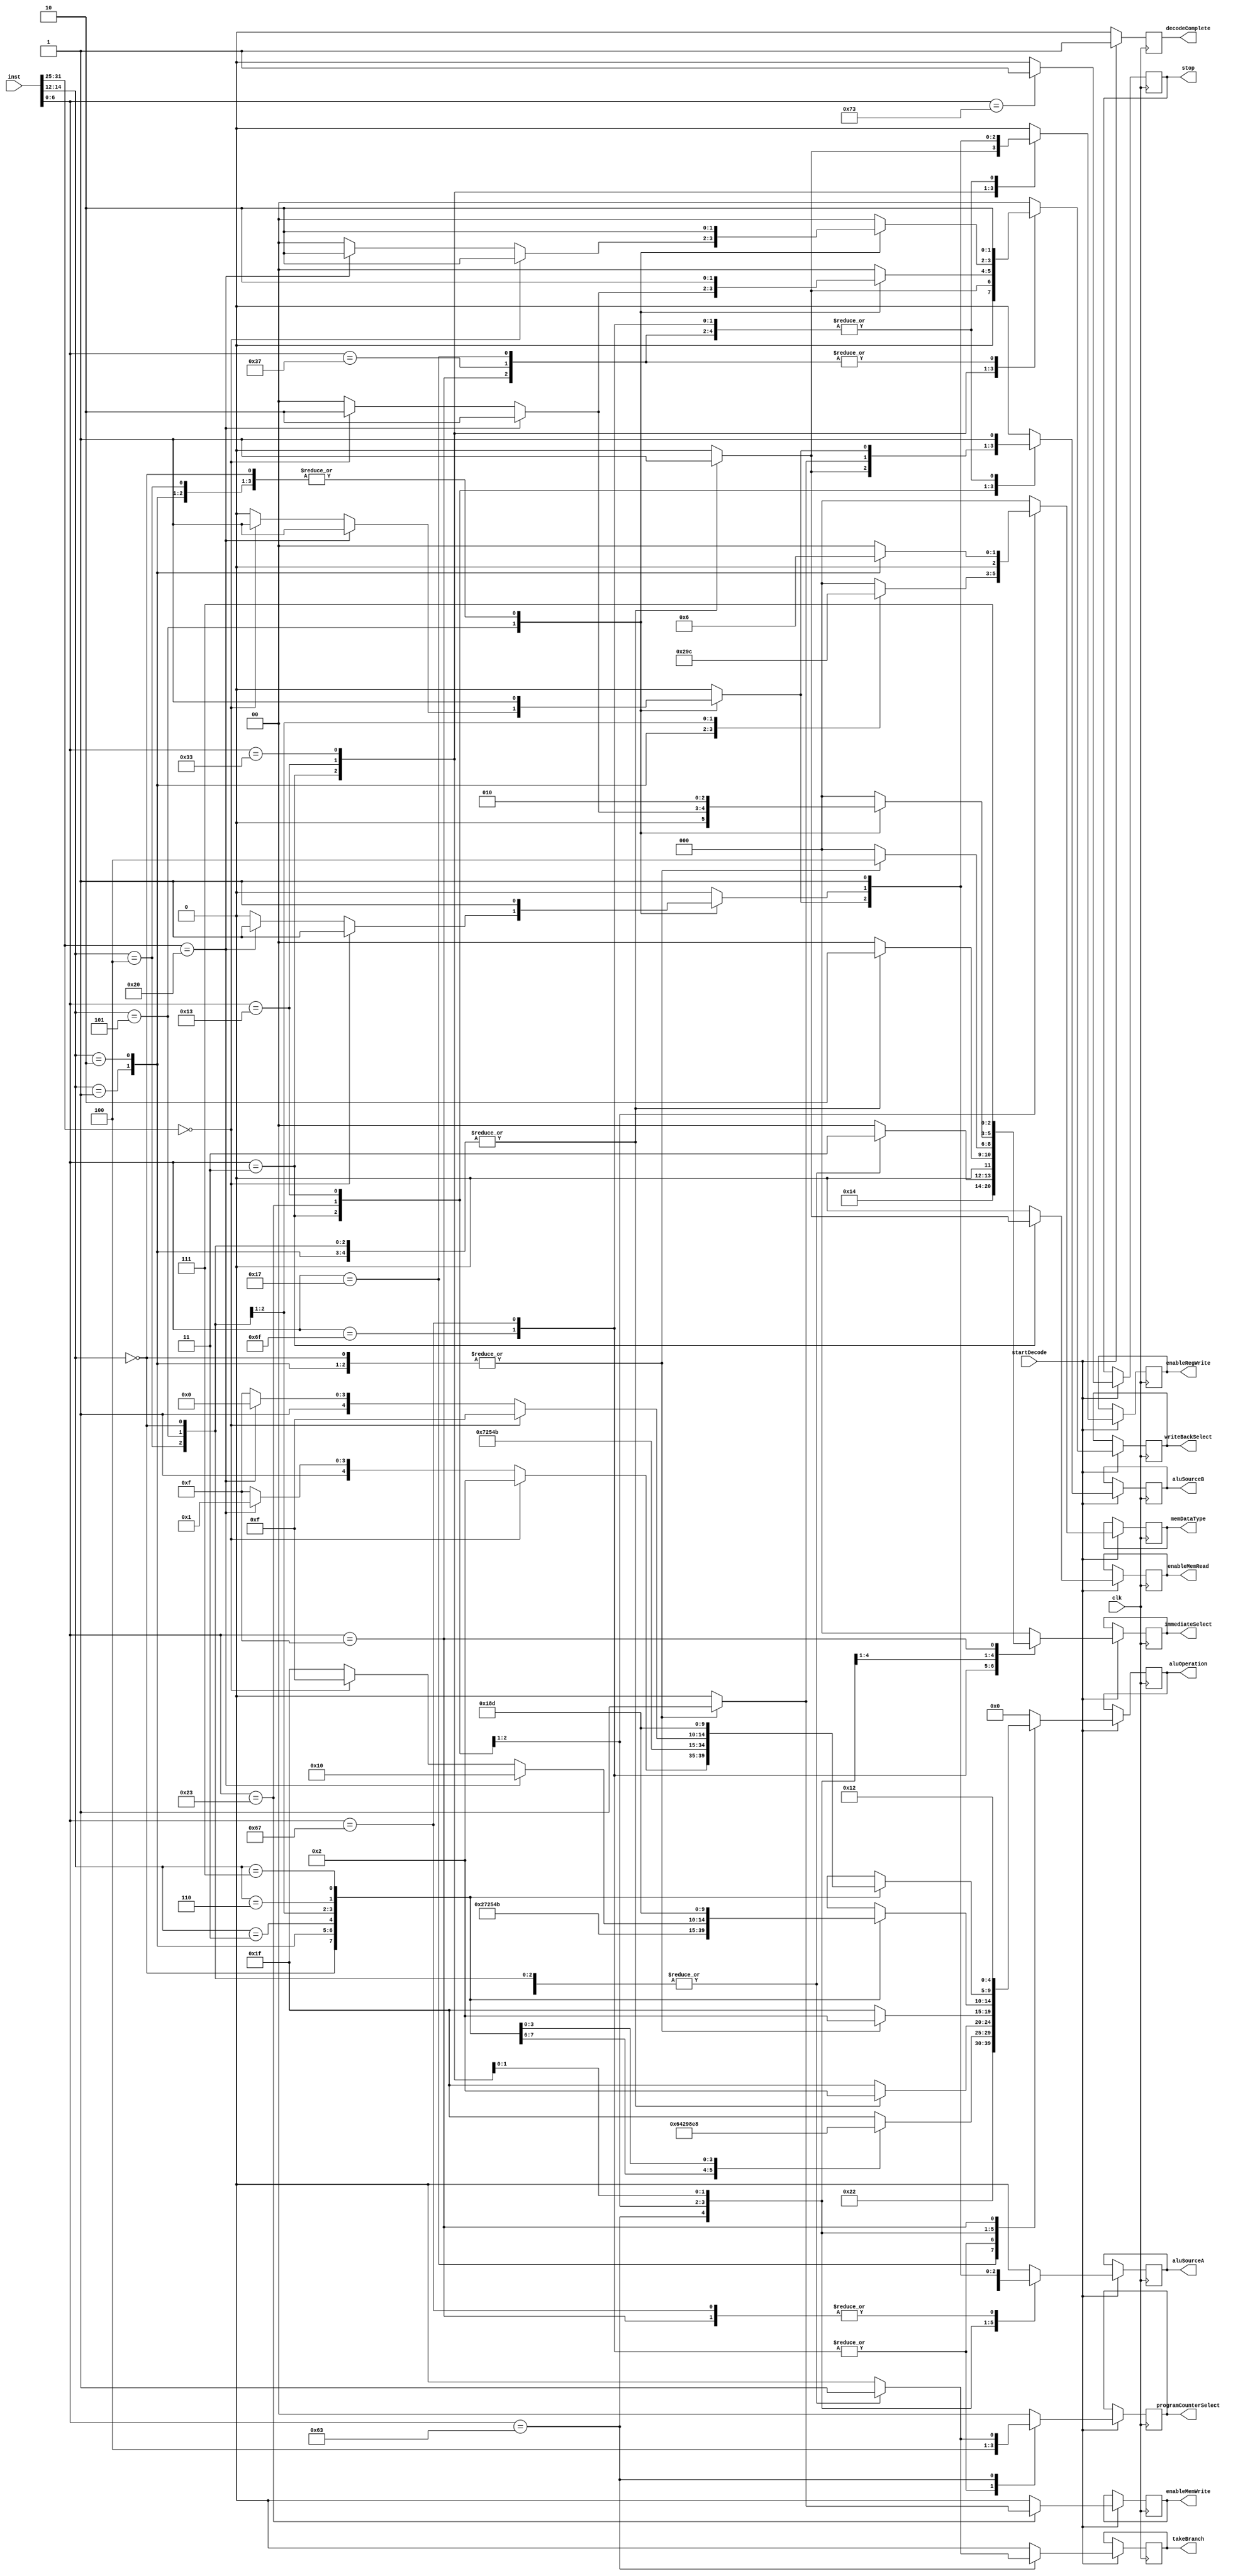
module DECODER( 
input wire clk,
input wire [31:0] inst,
input wire startDecode,
output reg[4:0] aluOperation,
output reg[2:0] immediateSelect,
output reg decodeComplete,
output reg stop, takeBranch,
output reg aluSourceA, aluSourceB,
output reg[1:0] writeBackSelect, programCounterSelect,
output reg enableRegWrite, //PCwrite,
output reg enableMemRead, enableMemWrite,
output reg[2:0] memDataType
);
    
wire[6:0] opcode;
wire[2:0] func3;
wire[6:0] func7;

assign opcode = inst[6:0];
assign func3 = inst[14:12];
assign func7 = inst[31:25];


always@(posedge clk) begin
    if (startDecode) begin
        decodeComplete <= 0;
        aluOperation <= 0;
        immediateSelect <= 0;
        stop <= 0;
        takeBranch <= 0;
        aluSourceA <= 0;
        aluSourceB <= 0;
        writeBackSelect <= 0;
        programCounterSelect <= 0;
        enableRegWrite <= 0;
        //PCwrite <= 0;
        enableMemRead <= 0;
        enableMemWrite <= 0;
        memDataType <= 0;
        case(opcode)
            7'b0110111: begin
            aluOperation <= 5'b00000;//LUI
            immediateSelect <= 3'b000;//imm[31:12]
            aluSourceB <= 1;//imm
            writeBackSelect <= 2;//alu_out
            enableRegWrite <= 1;
            programCounterSelect <= 0;
            end
            7'b0010111: begin
            aluOperation <= 5'b00001;//AUPIC
            immediateSelect <= 3'b000;//imm[31:12]
            aluSourceA <= 0; //get it from PC
            aluSourceB <= 1; //imm
            writeBackSelect <= 2;//alu_out
            enableRegWrite <= 1;
            programCounterSelect <= 0;
            end
            7'b1101111: begin 
            aluOperation <= 5'b00010;//JAL
            immediateSelect <= 3'b001;//imm[20,10:1,11,19:12]
            aluSourceA <= 0; //get it from PC
            aluSourceB <= 1; //imm
            writeBackSelect <= 0;//PC+4
            enableRegWrite <= 1;
            programCounterSelect <= 2;//pc = alu out
            end
            7'b1100111: begin
            aluOperation <= 5'b00010;//JALR
            immediateSelect <= 3'b010;//imm[11:0]
            aluSourceA <= 1; //get it from rs1
            aluSourceB <= 1; //imm
            writeBackSelect <= 0;//PC+4
            enableRegWrite <= 1;
            programCounterSelect <= 2;//pc = alu out
            end
            7'b1100011: begin
                case(func3)
                    3'b000: begin
                    aluOperation <= 5'b00011;//BEQ
                    immediateSelect <= 3'b011;//imm[12,10:5],imm[4:1,11]
                    aluSourceA <= 1; //get it from rs1
                    aluSourceB <= 0; //get it from rs2
                    programCounterSelect <= 1;// pc = pc+imm
                    takeBranch <= 1;
                    end
                    3'b001: begin
                    aluOperation <= 5'b00100;//BNE
                    immediateSelect <= 3'b011;//imm[12,10:5],imm[4:1,11]
                    aluSourceA <= 1; //get it from rs1
                    aluSourceB <= 0; //get it from rs2
                    programCounterSelect <= 1;// pc = pc+imm
                    takeBranch <= 1;
                    end
                    3'b100: begin
                    aluOperation <= 5'b00101;//BLT
                    immediateSelect <= 3'b011;//imm[12,10:5],imm[4:1,11]
                    aluSourceA <= 1; //get it from rs1
                    aluSourceB <= 0; //get it from rs2
                    programCounterSelect <= 1;// pc = pc+imm
                    takeBranch <= 1;
                    end
                    3'b101: begin
                    aluOperation <= 5'b00110;//BGE
                    immediateSelect <= 3'b011;//imm[12,10:5],imm[4:1,11]
                    aluSourceA <= 1; //get it from rs1
                    aluSourceB <= 0; //get it from rs2
                    programCounterSelect <= 1;// pc = pc+imm
                    takeBranch <= 1;
                    end
                    3'b110: begin
                    aluOperation <= 5'b00111;//BLTU
                    immediateSelect <= 3'b011;//imm[12,10:5],imm[4:1,11]
                    aluSourceA <= 1; //get it from rs1
                    aluSourceB <= 0; //get it from rs2
                    programCounterSelect <= 1;// pc = pc+imm
                    takeBranch <= 1;
                    end
                    3'b111: begin
                    aluOperation <= 5'b01000;//BGEU
                    immediateSelect <= 3'b011;//imm[12,10:5],imm[4:1,11]
                    aluSourceA <= 1; //get it from rs1
                    aluSourceB <= 0; //get it from rs2
                    programCounterSelect <= 1;// pc = pc+imm
                    takeBranch <= 1;
                    end
                    default: aluOperation <= 5'b11111; //out of aluop range
                endcase
            end
            7'b0000011: begin
                case(func3)
                    3'b000: begin
                    aluOperation <= 5'b00010;//LB
                    immediateSelect <= 3'b010;//imm[11:0]
                    aluSourceA <= 1;//from rs1
                    aluSourceB <= 1;
                    writeBackSelect <= 1;// from DMEM
                    enableRegWrite <= 1;
                    enableMemRead <= 1;
                    memDataType <= 3'b000;//byte, sign extended 
                    end
                    3'b001: begin
                    aluOperation <= 5'b00010;//LH
                    immediateSelect <= 3'b010;//imm[11:0]
                    aluSourceA <= 1;//from rs1
                    aluSourceB <= 1;
                    writeBackSelect <= 1;// from DMEM
                    enableRegWrite <= 1;
                    enableMemRead <= 1;
                    memDataType <= 3'b001;//half word, sign extended
                    end
                    3'b010: begin
                    aluOperation <= 5'b00010;//LW
                    immediateSelect <= 3'b010;//imm[11:0]
                    aluSourceA <= 1;//from rs1
                    aluSourceB <= 1;
                    writeBackSelect <= 1;// from DMEM
                    enableRegWrite <= 1;
                    enableMemRead <= 1;
                    memDataType <= 3'b010;//word, sign extended
                    end
                    3'b100: begin
                    aluOperation <= 5'b00010;//LBU
                    immediateSelect <= 3'b010;//imm[11:0]
                    aluSourceA <= 1;//from rs1
                    aluSourceB <= 1;
                    writeBackSelect <= 1;// from DMEM
                    enableRegWrite <= 1;
                    enableMemRead <= 1;
                    memDataType <= 3'b011;//byte, zero extended
                    end
                    3'b101: begin
                    aluOperation <= 5'b00010;//LHU
                    immediateSelect <= 3'b010;//imm[11:0]
                    aluSourceA <= 1;//from rs1
                    aluSourceB <= 1;
                    writeBackSelect <= 1;// from DMEM
                    enableRegWrite <= 1;
                    enableMemRead <= 1;
                    memDataType <= 3'b100;//half word, zero extended
                    end
                    default: aluOperation <= 5'b11111;
                endcase
            end
            7'b0100011: begin
                case(func3)
                    3'b000: begin
                    aluOperation <= 5'b00010;//SB
                    immediateSelect <= 3'b100;//imm[11:5]imm[4:0]
                    aluSourceA <= 1;//from rs1
                    aluSourceB <= 1;
                    enableMemWrite <= 1;
                    memDataType <= 3'b000;//SB
                    end
                    3'b001: begin
                    aluOperation <= 5'b00010;//SH
                    immediateSelect <= 3'b100;//imm[11:5]imm[4:0]
                    aluSourceA <= 1;//from rs1
                    aluSourceB <= 1;
                    enableMemWrite <= 1;
                    memDataType <= 3'b001;//SH
                    end
                    3'b010: begin
                    aluOperation <= 5'b00010;//SW, this output is just rs1+imm, the type of rs2 will not be controlled by this module
                    immediateSelect <= 3'b100;//imm[11:5]imm[4:0]
                    aluSourceA <= 1;//from rs1
                    aluSourceB <= 1;
                    enableMemWrite <= 1;
                    memDataType <= 3'b010;//SW
                    end
                    default: aluOperation <= 5'b11111;
                endcase
            end
            7'b0010011: begin
                case(func3)
                    3'b000: begin
                    aluOperation <= 5'b00010;//ADDI
                    immediateSelect <= 3'b010;//imm[11:0]
                    aluSourceA <= 1;//from rs1
                    aluSourceB <= 1;//from imm
                    writeBackSelect <= 2;// from alu out
                    enableRegWrite <= 1;
                    end
                    3'b001: begin
                    aluOperation <= 5'b01110;//SLLI
                    immediateSelect <= 3'b010;//imm[11:0]
                    aluSourceA <= 1;//from rs1
                    aluSourceB <= 1;
                    writeBackSelect <= 2;// from alu out
                    enableRegWrite <= 1;
                    end
                    3'b010: begin
                    aluOperation <= 5'b01001;//SLTI
                    immediateSelect <= 3'b010;//imm[11:0]
                    aluSourceA <= 1;//from rs1
                    aluSourceB <= 1;
                    writeBackSelect <= 2;// from alu out
                    enableRegWrite <= 1;
                    end
                    3'b011: begin
                    aluOperation <= 5'b01010;//SLTIU
                    immediateSelect <= 3'b010;//imm[11:0]
                    aluSourceA <= 1;//from rs1
                    aluSourceB <= 1;
                    writeBackSelect <= 2;// from alu out
                    enableRegWrite <= 1;
                    end
                    3'b100: begin
                    aluOperation <= 5'b01011;//XORI
                    immediateSelect <= 3'b010;//imm[11:0]
                    aluSourceA <= 1;
                    aluSourceB <= 1;
                    writeBackSelect <= 2;// from alu out
                    enableRegWrite <= 1;
                    end
                    3'b101: begin
                    if(func7 == 7'b0100000) begin
                        aluOperation <= 5'b10000;//SRAI
                        immediateSelect <= 3'b010;//imm[11:0]
                        aluSourceA <= 1;//from rs1
                        aluSourceB <= 1;
                        writeBackSelect <= 2;// from alu out
                        enableRegWrite <= 1;
                    end
                    else if(func7 == 0) begin
                        aluOperation <= 5'b01111;//SRLI
                        immediateSelect <= 3'b010;//imm[11:0]
                        aluSourceA <= 1;//from rs1 
                        aluSourceB <= 1;
                        writeBackSelect <= 2;// from alu out
                        enableRegWrite <= 1;
                    end
                    else begin
                        aluOperation <= 5'b11111;
                    end
                    end    
                    3'b110: begin
                        aluOperation <= 5'b01100;//ORI
                        immediateSelect <= 3'b010;//imm[11:0]
                        aluSourceA <= 1;//from rs1
                        aluSourceB <= 1;
                        writeBackSelect <= 2;// from alu out
                        enableRegWrite <= 1;
                    end
                    3'b111: begin
                        aluOperation <= 5'b01101;//ANDI
                        immediateSelect <= 3'b010;//imm[11:0]
                        aluSourceA <= 1;//from rs1
                        aluSourceB <= 1;
                        writeBackSelect <= 2;// from alu out
                        enableRegWrite <= 1;
                    end
                endcase
            end
            7'b0110011: begin
                case(func3)
                    3'b000: begin
                    if(func7 == 0) begin
                        aluOperation <= 5'b000010;//ADD
                        aluSourceA <= 1;//from rs1
                        aluSourceB <= 0;//from rs2
                        writeBackSelect <= 2;// from alu out
                        enableRegWrite <= 1;
                    end
                    else if(func7 == 7'b0100000) begin
                        aluOperation <= 5'b10001;//SUB
                        aluSourceA <= 1;//from rs1
                        aluSourceB <= 0;//from rs2
                        writeBackSelect <= 2;// from alu out
                        enableRegWrite <= 1;
                    end
                    else begin
                        aluOperation <= 5'b11111;
                        aluSourceA <= 1;//from rs1
                        aluSourceB <= 0;//from rs2
                        writeBackSelect <= 2;// from alu out
                        enableRegWrite <= 1;
                    end
                    end
                    3'b001: begin
                        aluOperation <= 5'b01110;//SLL
                        aluSourceA <= 1;//from rs1
                        aluSourceB <= 0;//from rs2
                        writeBackSelect <= 2;// from alu out
                        enableRegWrite <= 1;
                    end
                    3'b010: begin
                        aluOperation <= 5'b01001;//SLT
                        aluSourceA <= 1;//from rs1
                        aluSourceB <= 0;//from rs2
                        writeBackSelect <= 2;// from alu out
                        enableRegWrite <= 1;
                    end
                    3'b011: begin
                        aluOperation <= 5'b01010;//SLTU
                        aluSourceA <= 1;//from rs1
                        aluSourceB <= 0;//from rs2
                        writeBackSelect <= 2;// from alu out
                        enableRegWrite <= 1;
                    end
                    3'b100: begin
                        aluOperation <= 5'b01011;//XOR
                        aluSourceA <= 1;//from rs1
                        aluSourceB <= 0;//from rs2
                        writeBackSelect <= 2;// from alu out
                        enableRegWrite <= 1;
                    end
                    3'b101: begin
                    if(func7 == 0) begin
                        aluOperation <= 5'b01111;//SRL
                        aluSourceA <= 1;//from rs1
                        aluSourceB <= 0;//from rs2
                        writeBackSelect <= 2;// from alu out
                        enableRegWrite <= 1;
                    end
                    else if (func7 == 7'b0100000) begin
                        aluOperation <= 5'b10000;//SRA
                        aluSourceA <= 1;//from rs1
                        aluSourceB <= 0;//from rs2
                        writeBackSelect <= 2;// from alu out
                        enableRegWrite <= 1;
                    end    
                    else
                        aluOperation <= 5'b11111;
                    end
                    3'b110: begin
                        aluOperation <= 5'b01100;//OR
                        aluSourceA <= 1;//from rs1
                        aluSourceB <= 0;//from rs2
                        writeBackSelect <= 2;// from alu out
                        enableRegWrite <= 1;
                    end
                    3'b111: begin
                        aluOperation <= 5'b01101;//AND
                        aluSourceA <= 1;//from rs1
                        aluSourceB <= 0;//from rs2
                        writeBackSelect <= 2;// from alu out
                        enableRegWrite <= 1;
                    end
                    endcase
                end
            7'b0001111: begin
                        aluOperation <= 5'b10010;//FENCE, act as ADDI r0, r0, 0
                        immediateSelect <= 3'b111;//out of range so imm will be 0
                        aluSourceA <= 1;//from rs1, but not important here, because in the ALU, 5b10010 is 0+input2
                        aluSourceB <= 1;//from imm
                        writeBackSelect <= 2;// from alu out
                        enableRegWrite <= 1;
                        end
            7'b1110011: begin
                        stop <= 1;//ECALL and EBREAK
                        end   
        endcase
        decodeComplete <= 1;
    end
    else 
        decodeComplete <= 0;
end    
    
    
    
endmodule